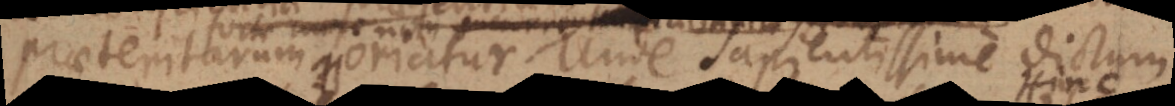
potestate est. Unde sapientissime dictum